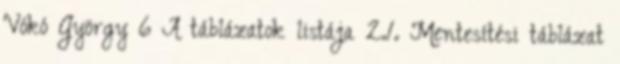
Vókó György 6 A táblázatok listája 2.1. Mentesítési táblázat